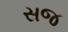
સજ